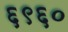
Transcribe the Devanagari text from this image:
६९६०